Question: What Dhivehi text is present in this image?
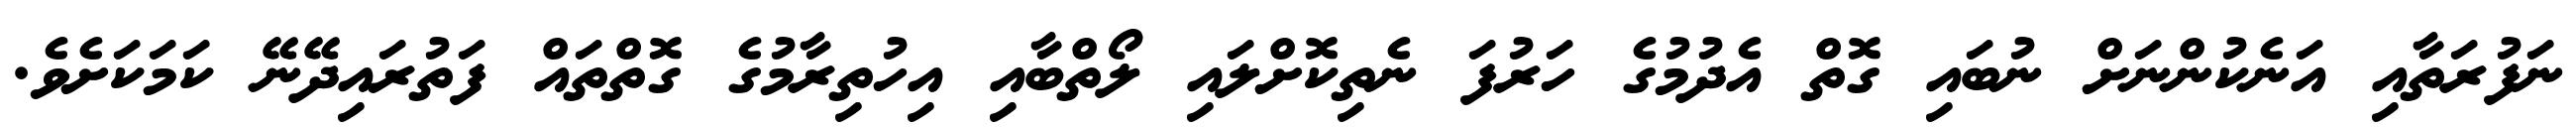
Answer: ނަފުރަތާއި އަނެކުންނަށް ނުބައި ގޮތް އެދުމުގެ ހަރުފަ ނެތިކޮށްލައި ލޯތްބާއި އިހުތިރާމުގެ ގޮތްތައް ފަތުރައިދޭނޭ ކަމަކަށެވެ.